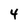
Character: 4